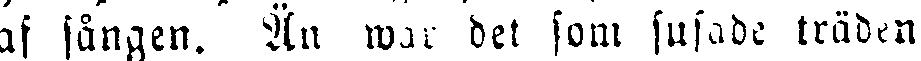
af sången. Än war det som susade träden